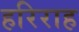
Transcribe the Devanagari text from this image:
हरिराह